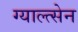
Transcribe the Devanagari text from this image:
ग्याल्त्सेन